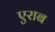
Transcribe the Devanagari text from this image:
एराब